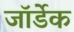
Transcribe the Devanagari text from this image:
जॉर्डेक